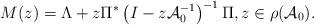
LaTeX: \begin{align*} M(z) = \Lambda + z \Pi^*\left(I - z\mathcal{A}_0^{-1} \right)^{-1} \Pi, z \in \rho(\mathcal{A}_0). \end{align*}